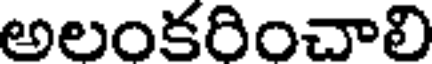
అలంకరించాలి